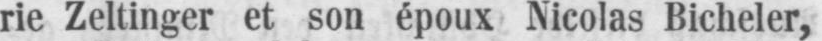
rie Zeltinger et son époux Nicolas Bicheler,